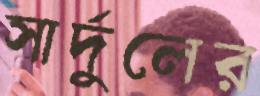
সার্দুলের